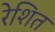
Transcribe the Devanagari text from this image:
रेशित